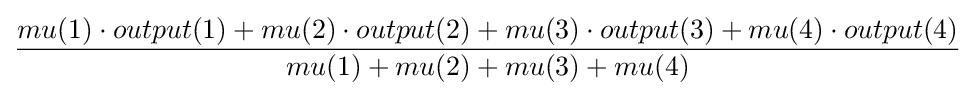
{\frac {mu(1)\cdot output(1)+mu(2)\cdot output(2)+mu(3)\cdot output(3)+mu(4)\cdot output(4)}{mu(1)+mu(2)+mu(3)+mu(4)}}